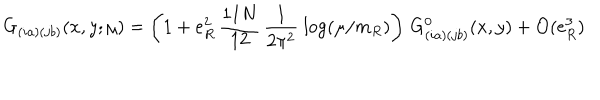
LaTeX: G _ { ( i a ) ( j b ) } ( x , y ; \mu ) = \left( 1 + e _ { R } ^ { 2 } \, { \frac { 1 1 N } { 1 2 } } \, { \frac { 1 } { 2 \pi ^ { 2 } } } \ { \log } ( \mu / m _ { R } ) \right) \, G _ { ( i a ) ( j b ) } ^ { 0 } ( x , y ) + { \cal O } ( e _ { R } ^ { 3 } )